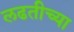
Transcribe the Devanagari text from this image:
लढतीच्या